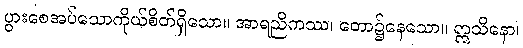
ပွားစေအပ်သောကိုယ်စိတ်ရှိသော။ အာရညိကဿ၊ တော၌နေသော။ ဣသိနော၊